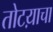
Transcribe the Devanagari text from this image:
तोटय़ाचा